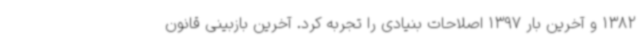
1382 و آخرین بار 1397 اصلاحات بنیادی را تجربه کرد. آخرین بازبینی قانون